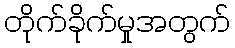
တိုက်ခိုက်မှုအတွက်